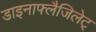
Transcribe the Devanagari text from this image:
डाइनाफ्लैजिलेट्